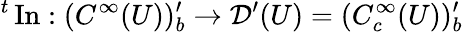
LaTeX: {}^{t}\operatorname{In}:(C^{\infty}(U))_{b}^{\prime}\to{\mathcal{D}}^{\prime}(U)=(C_{c}^{\infty}(U))_{b}^{\prime}